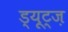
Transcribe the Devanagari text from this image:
ड्यूट्ज़